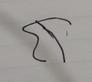
Signature authenticity: forged